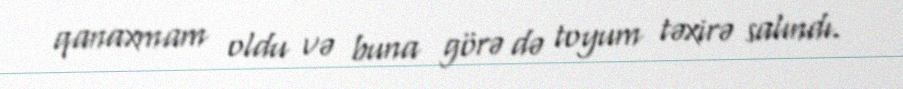
qanaxmam oldu və buna görə də toyum təxirə salındı.